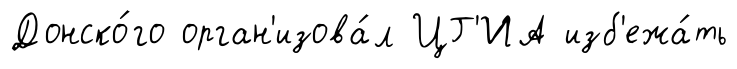
Донско́го орган'изова́л ЦГ'ИА изб'ежа́ть